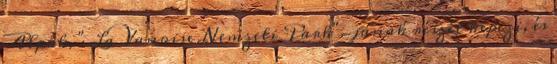
Alpok, " La Vanoise Nemzeti Park"-jának részét képezi, és